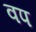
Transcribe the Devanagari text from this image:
वप